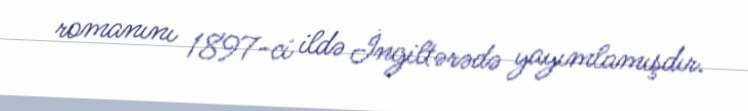
romanını 1897-ci ildə İngiltərədə yayımlamışdır.